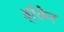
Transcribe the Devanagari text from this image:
ब्रैकेन